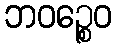
ဘဝဉ္စေဝ